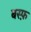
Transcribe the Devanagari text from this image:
बस्फ़